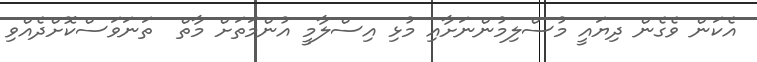
އެކަން ވެގެން ދިޔައީ މުސްލިމުންނަށާއި މުޅި އިސްލާމީ އުންމަތަށް މާތް  ތަނަވަސްކޮށްދެއްވި